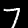
Label: 7